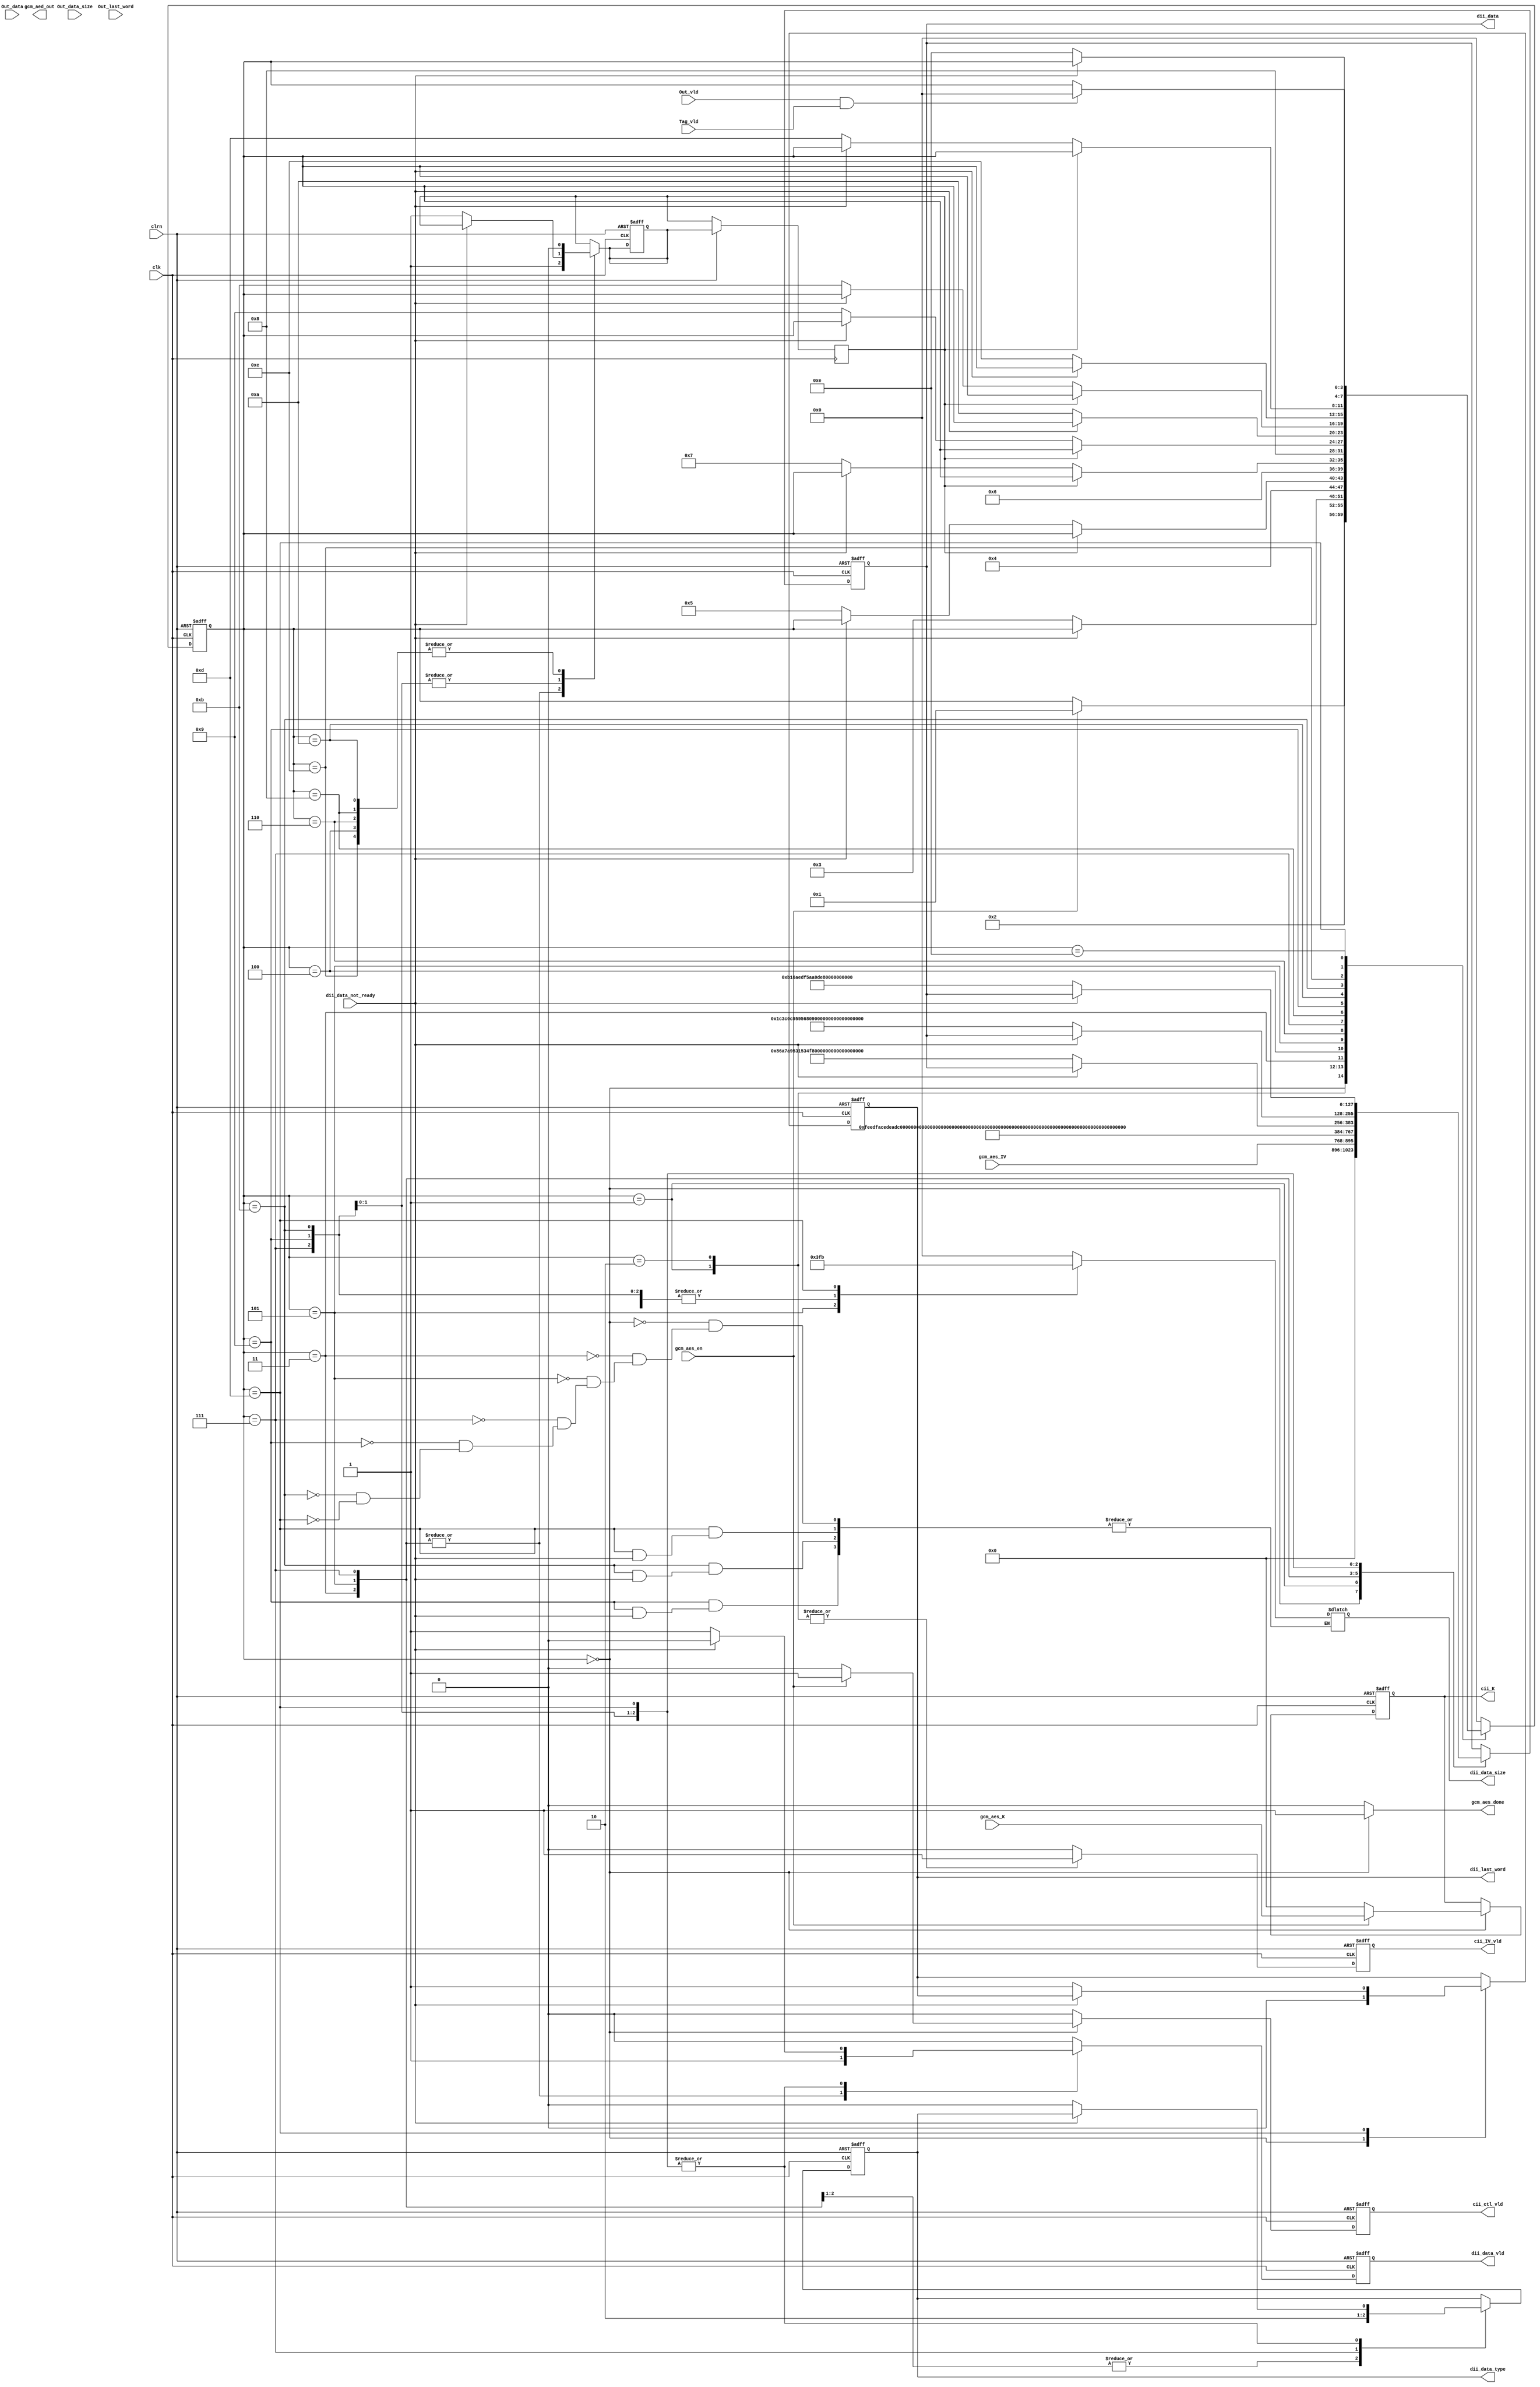
module gcm_aes_controller(
						  //CPU to Controller
						  input wire         clk,
                          input wire         clrn,
                          input wire         gcm_aes_en,
                          input wire [127:0] gcm_aes_K,
                          input wire [127:0] gcm_aes_IV,
                          //GCM to Controller

                          //Asserted by the GCM to indicate in Setup phase or working with a message/ciphertext and cannot accept adiitional block
                          input wire         dii_data_not_ready,
                          //Message/ciphertext or tag data
                          input wire [127:0] Out_data,
                          //When asserted, Out_data contains message/ciphertext
                          input wire         Out_vld,
                          //When asserted, Out_data contains tag data
                          input wire         Tag_vld,
                          //Number of valid bytes in Out_data
                          input wire [3:0]   Out_data_size,
                          //Asserted when the message/ciphertext is the last
                          input wire         Out_last_word,

                          //Controller to GCM
                          output reg [127:0] dii_data,
                          output reg [3:0]   dii_data_size,
                          output reg         dii_data_vld,
                          output reg         dii_data_type,
                          output reg         dii_last_word,
                          output reg [127:0] cii_K,
                          output reg         cii_ctl_vld,
                          output reg         cii_IV_vld,

                          //Controller to CPU
                          output reg [127:0] gcm_aed_out,
                          output reg         gcm_aes_done
                         );

  //Register outputs to the input of the GCM block

  //Data input that is either Nonce (IV), message/ciphertext, or AAD block
  reg [127:0] dii_data_D;
 // reg [127:0] dii_data_Q;  

  //Size of valid dii_data ranging from 0-15
  //0 means one valid bytes in the LSB of dii_data, 15 means full block length (128 bits)
  reg [3:0]   dii_data_size_D;
 // reg [3:0]   dii_data_size_Q;  

  //When asserted, dii_data contains either message/ciphertext or AAD block
  reg         dii_data_vld_D;
//  reg         dii_data_vld_Q;  

  //When asserted, dii_data contains AAD block, otherwise message/ciphertext
  reg         dii_data_type_D;
//  reg         dii_data_type_Q;  

  //When asserted, dii_data contains the last message/ciphertext of AAD block
  reg         dii_last_word_D;
//  reg         dii_last_word_Q;  

  //Secret Key
  reg [127:0] cii_K_D;
 // reg [127:0] cii_K_Q;  

  //When asserted, starts the execution of GCM-AES
  reg         cii_ctl_vld_D;
 // reg         cii_ctl_vld_Q;  

  //When asserted, dii_data contains IV value
  reg         cii_IV_vld_D;
 // reg         cii_IV_vld_Q;  

  reg cycle_delay_D;
  reg cycle_delay_Q;

  //Used for handshaking
  reg         gcm_aes_done;
  
  //FSM states
  parameter [3:0] E_IDLE        = 4'b0000,
                  E_KEY         = 4'b0001,
                  E_IV          = 4'b0010,
                  E_AAD1        = 4'b0011,
                  E_AAD2_WAIT   = 4'b0100,                  
                  E_AAD2        = 4'b0101,
                  E_DATA1_WAIT  = 4'b0110,
                  E_DATA1       = 4'b0111,
                  E_DATA2_WAIT  = 4'b1000,
                  E_DATA2       = 4'b1001,
                  E_DATA3_WAIT = 4'b1010,
                  E_DATA3       = 4'b1011,
                  E_DATA4_WAIT = 4'b1100,
                  E_DATA4       = 4'b1101,
                  E_WAIT        = 4'b1110;
  reg [3:0] state_Q;
  reg [3:0] state_D;
  
  //FSM
  always @* begin

    //default signal assignments
    state_D         = state_Q;
	cii_ctl_vld_D   = 1'b0;
    cii_IV_vld_D    = 1'b0;
	dii_data_vld_D  = 1'b0;
	dii_last_word_D = dii_last_word;		
	dii_data_type_D = dii_data_type;
	cycle_delay_D   = cycle_delay_Q;
	gcm_aes_done    = 1'b0;

	dii_data_D      = dii_data;
	//dii_data_size_D = dii_data_size; 
    cii_K_D         = cii_K;    

  	case (state_Q)
      E_IDLE: begin
        dii_last_word_D = 1'b0;
        dii_data_D      = 0;
        dii_data_size = 0;
        cii_K_D         = 0;
        gcm_aes_done    = 1'b1;

      	if (gcm_aes_en) begin
     	  cii_ctl_vld_D = 1'b1;
          cii_K_D       = gcm_aes_K;      	
      	  state_D       = E_KEY;
      	end
      end

      //Set the Key and start the execution
      E_KEY: begin
      	cii_IV_vld_D = 1'b1;      	
        dii_data_D   = gcm_aes_IV;
        state_D      = E_IV;
      end

      E_IV: begin
        cii_IV_vld_D = 1'b1;
      	if (!dii_data_not_ready) begin
          state_D    = E_AAD1;
        end      
      end      
      
      E_AAD1: begin
        dii_data_vld_D  = 1'b1; 
        dii_data_type_D = 1'b1; //AAD
        dii_data_size = 4'd15;
        dii_data_D      = 128'hfeedfacedeadbeeffeedfacedeadbeef;
        cycle_delay_D   = 1'b1;
        state_D         = E_AAD2_WAIT;      
      end

      E_AAD2_WAIT: begin
        if (cycle_delay_Q) begin
          cycle_delay_D = 1'b0;
        end else begin
      	  if (!dii_data_not_ready) begin
            state_D    = E_AAD2;
          end      
        end
      end        

      E_AAD2: begin
      	dii_data_vld_D  = 1'b1; 
        dii_data_type_D = 1'b1; //AAD
        dii_data_size = 4'd3;
        dii_data_D      = 32'habaddad2;
        cycle_delay_D   = 1'b1;        
      	state_D        = E_DATA1_WAIT;
      end
      
      E_DATA1_WAIT: begin
        if (cycle_delay_Q) begin
          cycle_delay_D = 1'b0;
        end else begin
          if (!dii_data_not_ready) begin
            state_D    = E_DATA1;
          end      
        end    
      end        

      E_DATA1: begin
        dii_data_vld_D  = 1'b1; 
        dii_data_type_D = 1'b0; //message/ciphertext
        dii_data_size = 4'd15;
        dii_data_D      = 128'hd9313225f88406e5a55909c5aff5269a;
        cycle_delay_D   = 1'b1;
        //dii_last_word_D = 1'b1;
        state_D         = E_DATA2_WAIT;
      end
     
     E_DATA2_WAIT: begin
       if (cycle_delay_Q) begin
         cycle_delay_D = 1'b0;
       end else begin
         if (!dii_data_not_ready) begin
           state_D    = E_DATA2;
         end      
       end         
     end

      E_DATA2: begin
      	if (!dii_data_not_ready) begin
          dii_data_vld_D  = 1'b1; 
          dii_data_type_D = 1'b0; //message/ciphertext
          dii_data_size   = 4'd15;
          dii_data_D      = 128'h86a7a9531534f7da2e4c303d8a318a72;
          cycle_delay_D   = 1'b1;
          //dii_last_word_D = 1'b1;
          state_D         = E_DATA3_WAIT;
        end
      end     
                 
     E_DATA3_WAIT: begin
       if (cycle_delay_Q) begin
         cycle_delay_D = 1'b0;
       end else begin
         if (!dii_data_not_ready) begin
           state_D    = E_DATA3;
         end      
       end         
     end       

     E_DATA3: begin
       if (!dii_data_not_ready) begin
         dii_data_vld_D  = 1'b1; 
         dii_data_type_D = 1'b0; //message/ciphertext
         dii_data_size = 4'd15;
         dii_data_D      = 128'h1c3c0c95956809532fcf0e2449a6b525;
         cycle_delay_D   = 1'b1;
         //dii_last_word_D = 1'b1;
         state_D         = E_DATA4_WAIT;
       end
     end       
     
     E_DATA4_WAIT: begin
       if (cycle_delay_Q) begin
         cycle_delay_D = 1'b0;
       end else begin
         if (!dii_data_not_ready) begin
           state_D    = E_DATA4;
         end      
       end            
     end       

     E_DATA4: begin
       if (!dii_data_not_ready) begin
         dii_data_vld_D  = 1'b1; 
         dii_data_type_D = 1'b0; //message/ciphertext
         dii_data_size = 4'd11;
         dii_data_D      = 128'hb16aedf5aa0de657ba637b39;
         dii_last_word_D = 1'b1;         
         state_D         = E_WAIT;
       end
     end                 

      E_WAIT: begin
      	if (Out_vld & Tag_vld) begin
      	  state_D = E_IDLE;
      	end 
      end

      default: begin
      	state_D = E_IDLE;
      end
  	endcase
  end

  //Sequential process to update the state
  always @ (posedge clk or negedge clrn) begin
  	if (!clrn) begin
  		state_Q         <= E_IDLE;
  		dii_data      <= 0;
  		//dii_data_size <= 0;
  		dii_data_vld  <= 1'b0;
  		dii_data_type <= 1'b0;
  		dii_last_word <= 1'b0;
  		cii_K         <= 0;
  		cii_ctl_vld   <= 1'b0;
  		cii_IV_vld    <= 1'b0;
  		cycle_delay_D <= 1'b0;
  	end else begin
  		state_Q         <= state_D;
        dii_data      <= dii_data_D;
        //dii_data_size <= dii_data_size_D;
        dii_data_vld  <= dii_data_vld_D;
        dii_data_type <= dii_data_type_D;
        dii_last_word <= dii_last_word_D;
        cii_K         <= cii_K_D;
        cii_ctl_vld   <= cii_ctl_vld_D;
        cii_IV_vld    <= cii_IV_vld_D; 
        cycle_delay_Q <= cycle_delay_D; 		
  	end
  end


endmodule